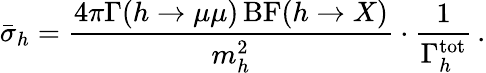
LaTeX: \bar{\sigma}_{h}={\frac{4\pi\Gamma(h\to\mu\mu)\, \mathrm{BF}(h\to X)}{m_{h}^{2}}}\cdot{\frac{1}{\Gamma_{h}^{\mathrm{tot}}}}\, .